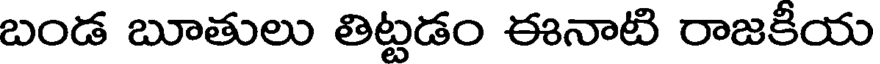
బండ బూతులు తిట్టడం ఈనాటి రాజకీయ